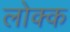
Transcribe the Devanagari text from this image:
लोक्क